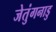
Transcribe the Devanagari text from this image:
जेतुंगनाडु